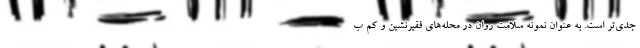
جدی‌تر است. به عنوان نمونه سلامت روان در محله‌های فقیرنشین و کم ب